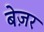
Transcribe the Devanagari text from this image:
बेज़र